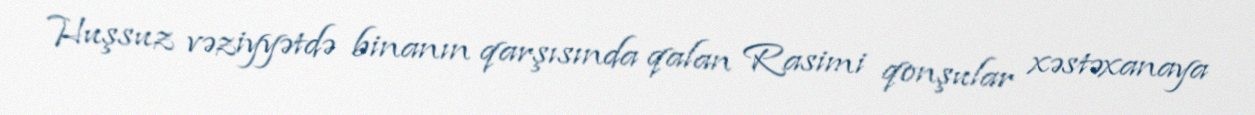
Huşsuz vəziyyətdə binanın qarşısında qalan Rasimi qonşular xəstəxanaya